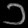
Digit: ၁